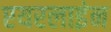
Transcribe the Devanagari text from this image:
एयरलाइंन